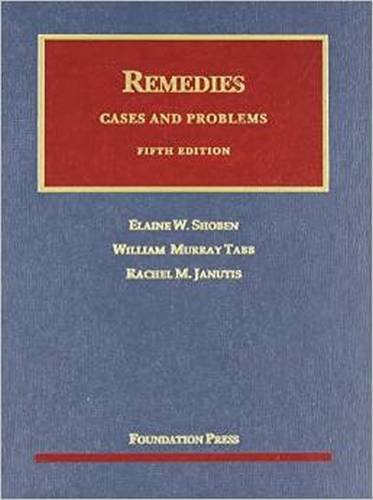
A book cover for Remedies (University Casebook Series); Elaine Shoben; Law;